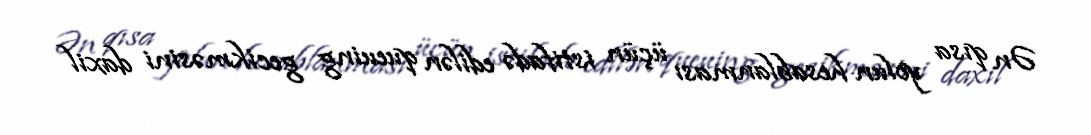
Ən qısa yolun hesablanması üçün istifadə edilən queuing gecikməsini daxil